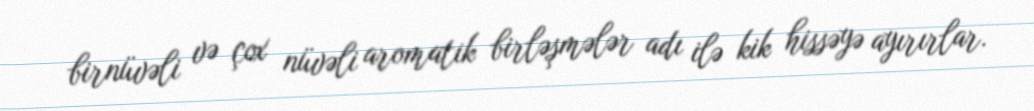
birnüvəli və çox nüvəli aromatik birləşmələr adı ilə kik hissəyə ayırırlar.